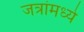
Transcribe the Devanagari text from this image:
जत्रांमध्ये